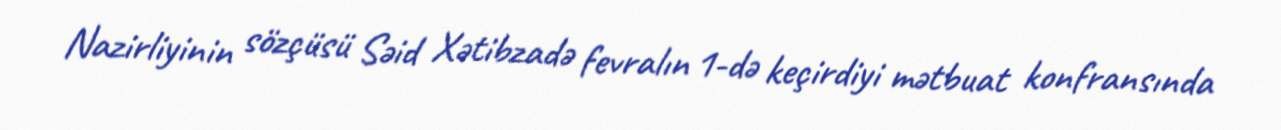
Nazirliyinin sözçüsü Səid Xətibzadə fevralın 1-də keçirdiyi mətbuat konfransında